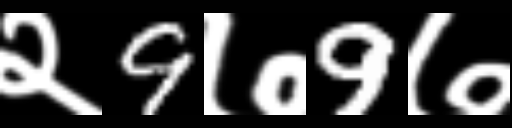
Text: २9७9७